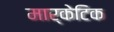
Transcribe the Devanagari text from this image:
मार्केटिक